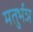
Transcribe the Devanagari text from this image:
मतुर्भञ